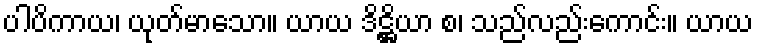
ပါပိကာယ၊ ယုတ်မာသော။ ယာယ ဒိဋ္ဌိယာ စ၊ သည်လည်းကောင်း။ ယာယ